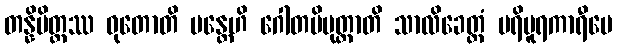
တန္နိမိတ္တဿ ဓုတောတိ မန္တေဟိ ဂေါတမိပုတ္တာတိ သာလိခေတ္တံ ပရိပူရကာရီပေ